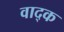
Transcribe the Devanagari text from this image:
वाद्क